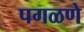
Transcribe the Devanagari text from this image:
पगळणे